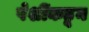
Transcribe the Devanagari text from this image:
पेशींकडून